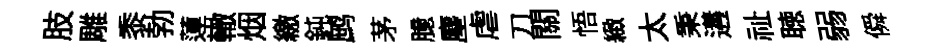
肢雕黍勃蓮轍烟繳鈍鹧茅臆麈虐刀關悟緻太秉遘祉聴弱僢